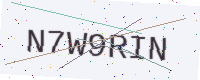
Text: N7W9RIN